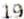
19